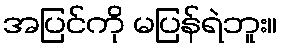
အပြင်ကို မပြန်ရဲဘူး။